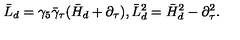
\bar { L } _ { d } = \gamma _ { 5 } \bar { \gamma } _ { \tau } ( \bar { H } _ { d } + \partial _ { \tau } ) , \bar { L } _ { d } ^ { 2 } = \bar { H } _ { d } ^ { 2 } - \partial _ { \tau } ^ { 2 } .